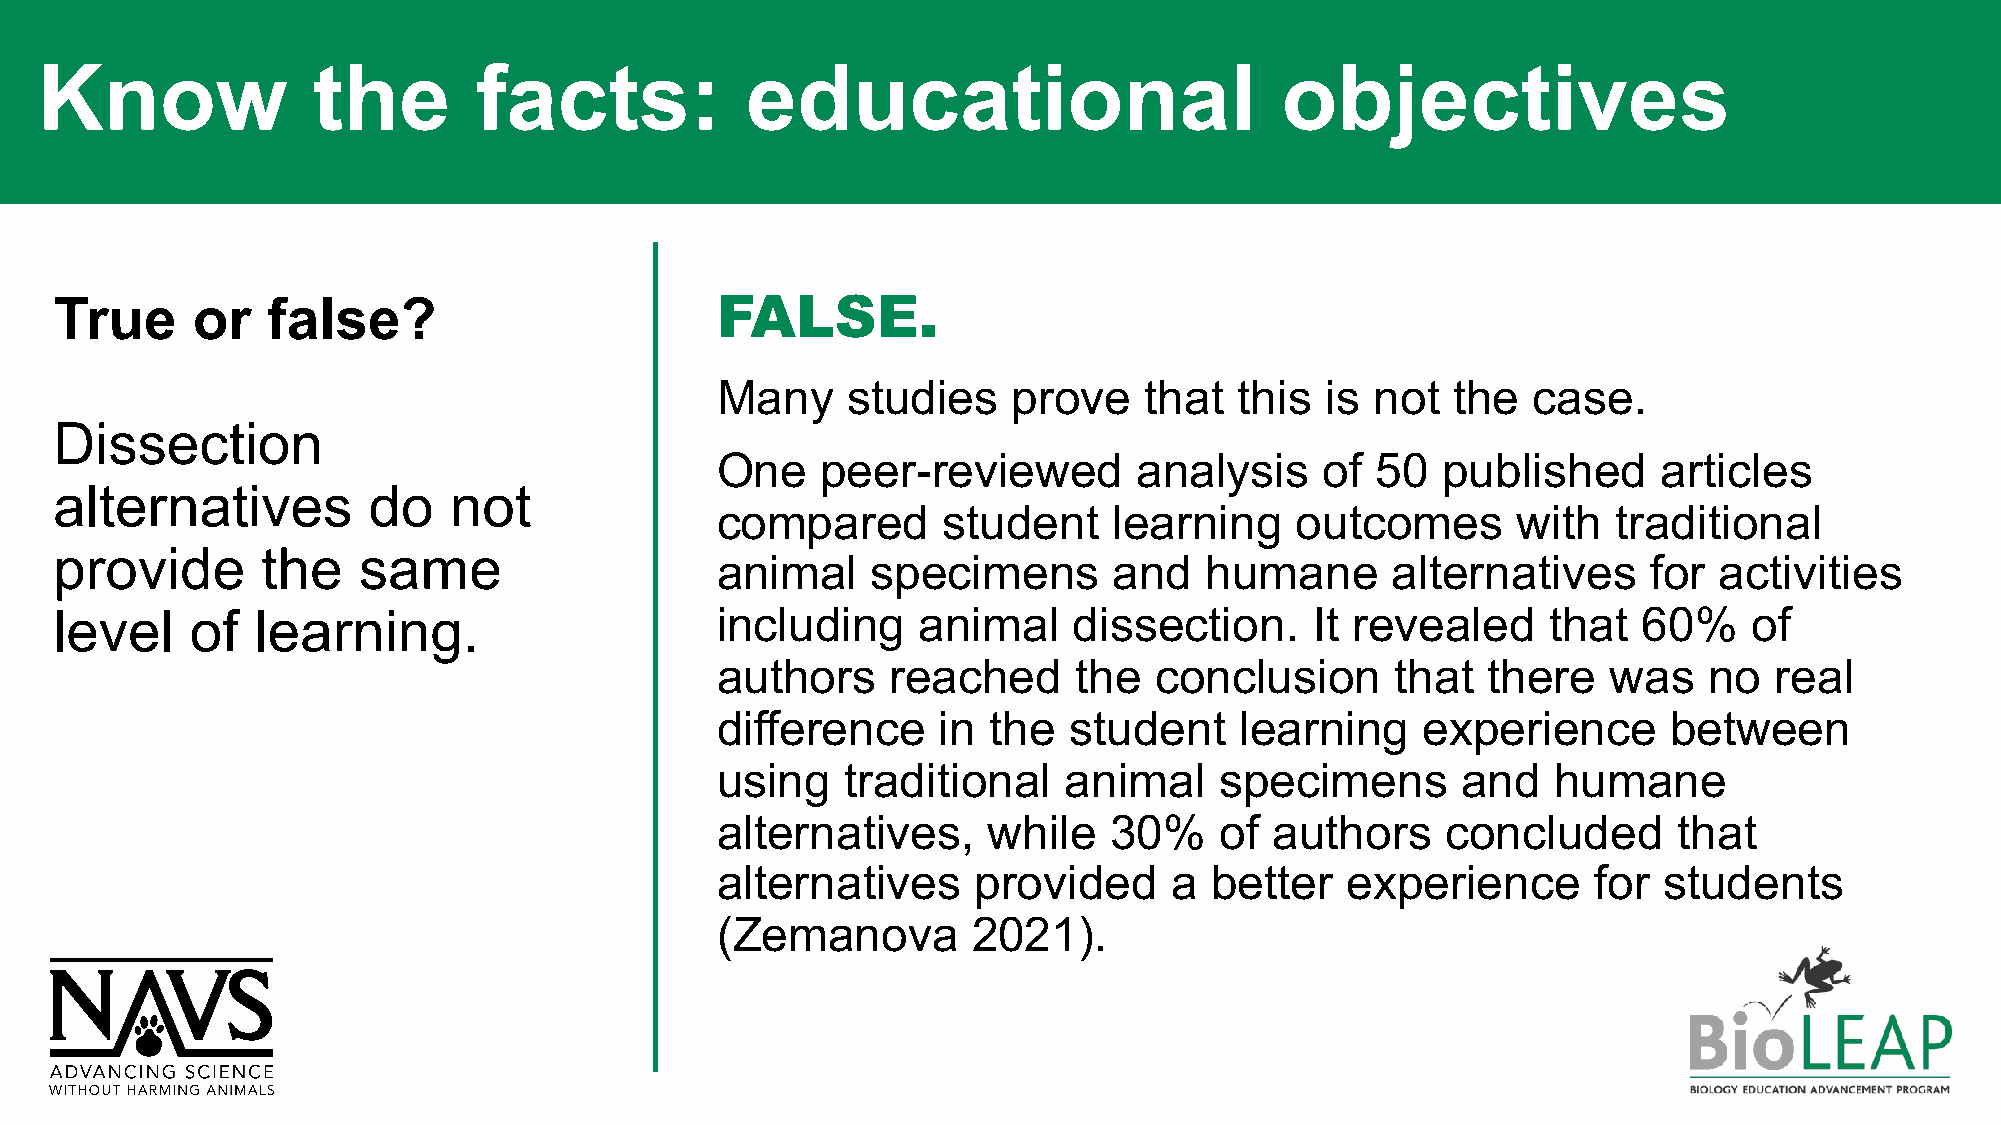
Know               the       facts:            educational                         objectives
 True     or   false?                       FALSE.
 Many     studies    prove    that  this  is not  the  case.
 Dissection
 One    peer-reviewed        analysis     of 50  published      articles
 alternatives        do    not
 compared       student     learning    outcomes      with   traditional
 provide      the    same
 animal     specimens       and   humane      alternatives     for  activities
 level    of  learning.                     including     animal    dissection.     It revealed     that  60%    of
 authors     reached     the  conclusion      that  there    was   no  real
 difference     in  the  student    learning    experience       between
 using    traditional    animal    specimens       and   humane
 alternatives,     while    30%    of authors     concluded      that
 alternatives      provided     a better   experience      for  students
 (Zemanova        2021).